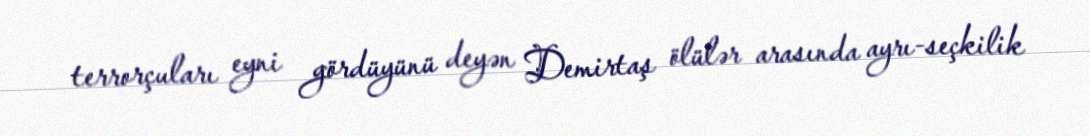
terrorçuları eyni gördüyünü deyən Demirtaş ölülər arasında ayrı-seçkilik